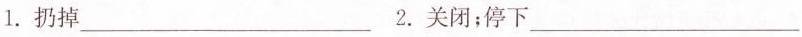
1.扔掉___2.关闭；停下___